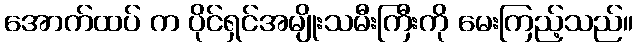
အောက်ထပ် က ပိုင်ရှင်အမျိုးသမီးကြီးကို မေးကြည့်သည်။